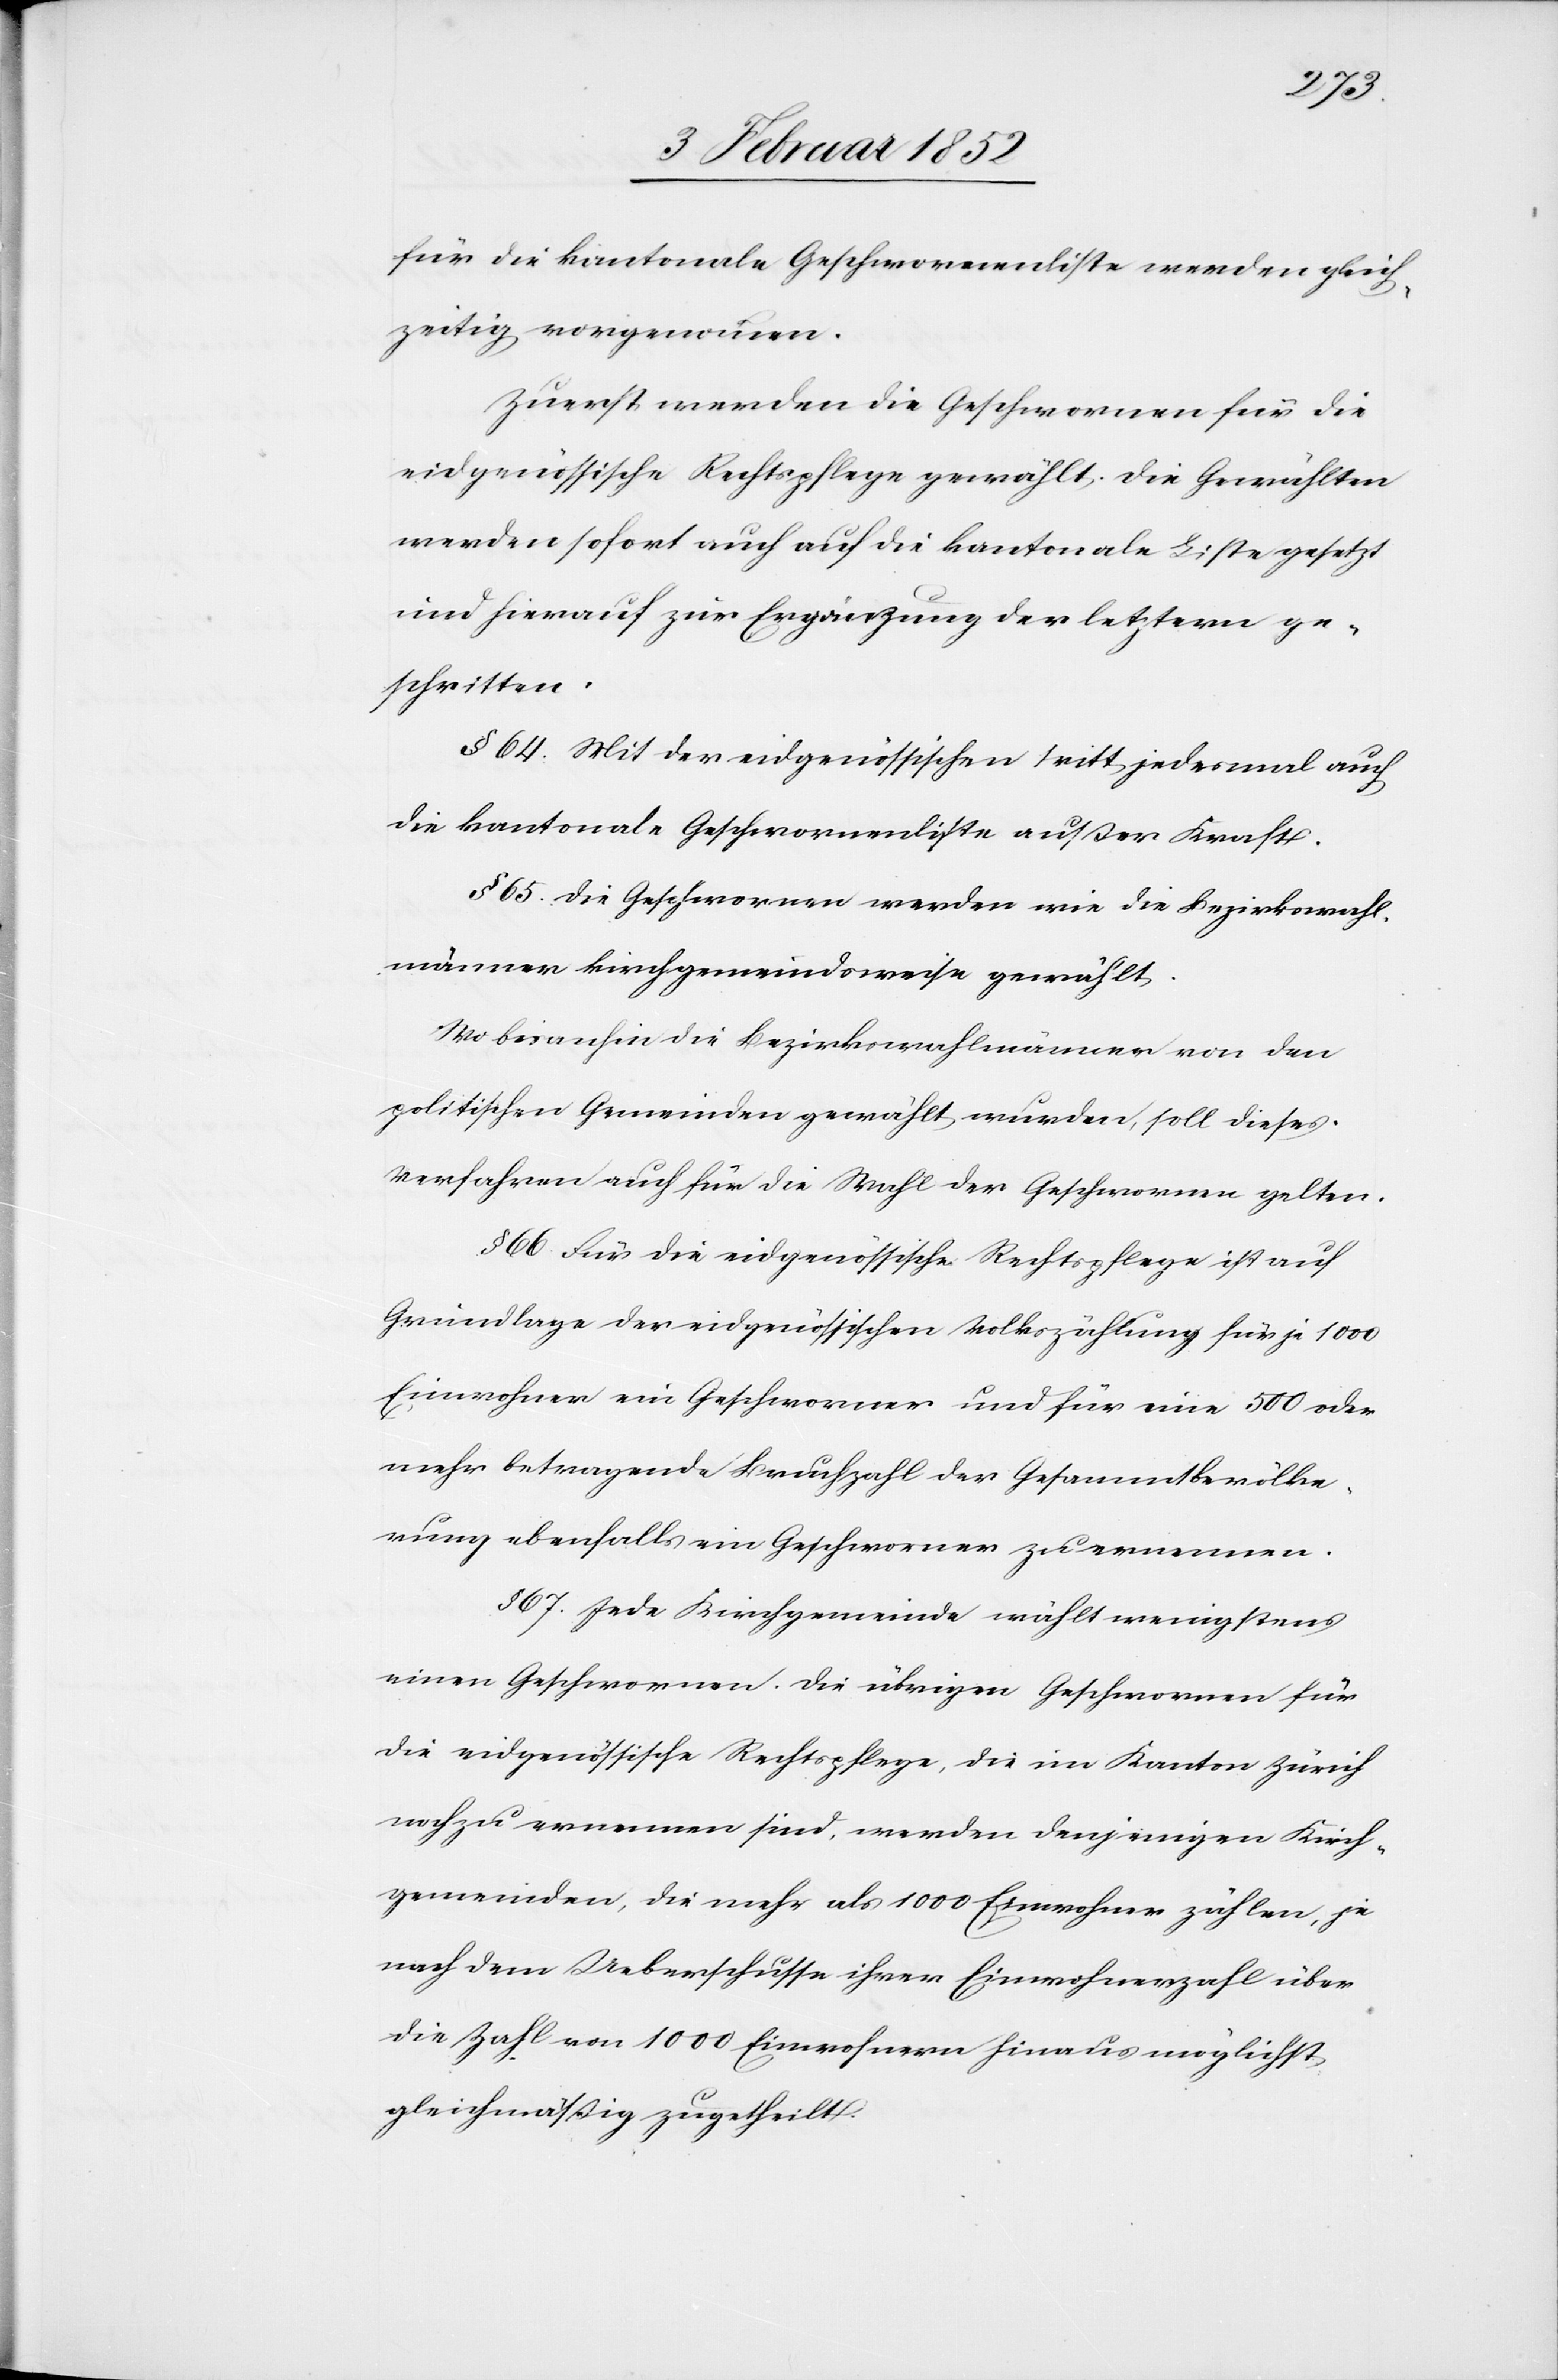
für die kantonale Geschwornenliste werden gleich¬
zeitig vorgenommen.
Zuerst werden die Geschwornen für die
eidgenössische Rechtspflege gewählt. Die Gewählten
werden sofort auch auf die kantonale Liste gesetzt
und hierauf zur Ergänzung der letztern ge¬
schritten.
§ 64. Mit der eidgenössischen tritt jedesmal auch
die kantonale Geschwornenliste außer Kraft.
§ 65. Die Geschwornen werden wie die Bezirkswahl¬
männer kirchgemeindeweise gewählt.
Wo bisanhin die Bezirkswahlmänner von den
politischen Gemeinden gewählt wurden, soll dieses
Verfahren auch für die Wahl der Geschwornen gelten.
§ 66. Für die eidgenössische Rechtspflege ist auf
Grundlage der eidgenössischen Volkszählung für je 1000
Einwohner ein Geschworner und für eine 500 oder
mehr betragende Bruchzahl der Gesammtbevölke¬
rung ebenfalls ein Geschworner zu ernennen.
§ 67. Jede Kirchgemeinde wählt wenigstens
einen Geschwornen. Die übrigen Geschwornen für
die eidgenössische Rechtspflege, die im Kanton Zürich
noch zu ernennen sind, werden denjenigen Kirch¬
gemeinden, die mehr als 1000 Einwohner zählen, je
nach dem Ueberschusse ihrer Einwohnerzahl über
die Zahl von 1000 Einwohnern hinaus möglichst
gleichmäßig zugetheilt.